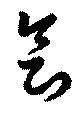
会